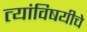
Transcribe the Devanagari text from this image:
त्यांविषयीचे